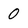
Character: 0